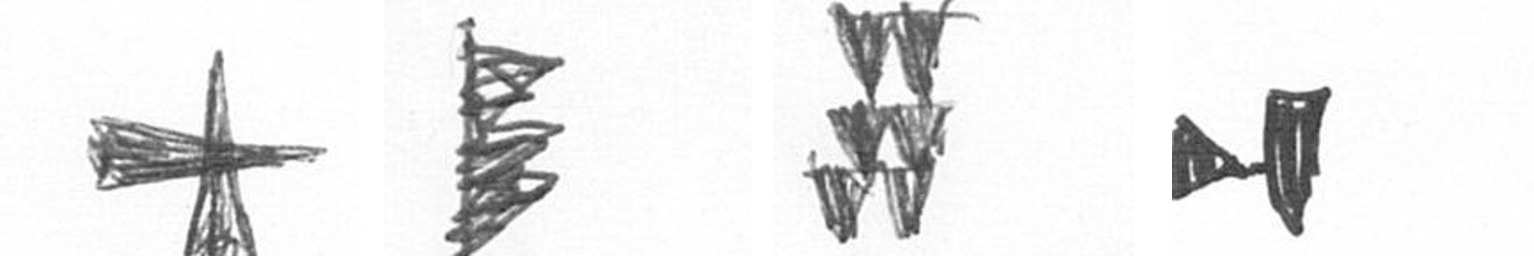
G H Y M